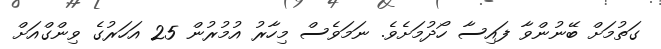
ގަތުމަށް ބޭނުންވާ ފައިސާ ހޯދުމަށެވެ. ނަމަވެސް މިހާރު އުމުރުން 25 އަހަރުގެ ވިންގްއަށް